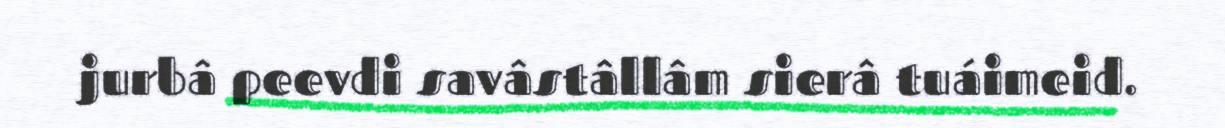
jurbâ peevdi savâstâllâm sierâ tuáimeid.